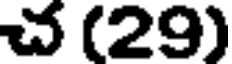
చ (29)